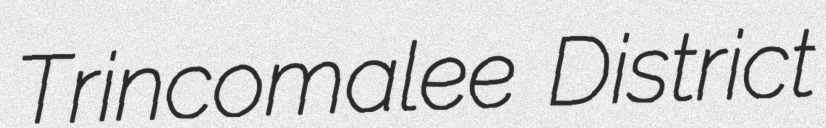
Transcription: Trincomalee District